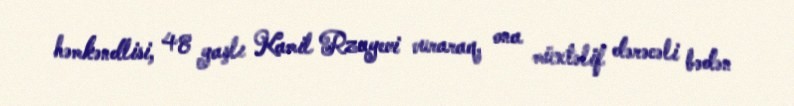
həmkəndlisi, 48 yaşlı Kamil Rzayevi vuraraq, ona müxtəlif dərəcəli bədən